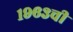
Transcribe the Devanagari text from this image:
१९६३ची